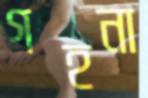
গহনা